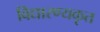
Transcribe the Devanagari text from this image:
विद्यारण्यकृत